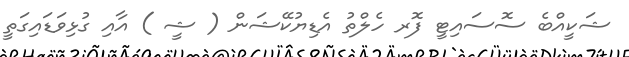
ޝަކީއްބެ ސޮސައިޓީ ފޮރ ހެލްތު އެޑިޔުކޭޝަން ( ޝީ ) އާއި ގުޅިވަޑައިގަތީ